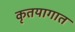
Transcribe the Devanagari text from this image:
कृतयागात